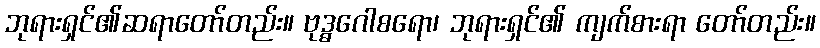
ဘုရားရှင်၏ဆရာတော်တည်း။ ဗုဒ္ဓဂေါစရော၊ ဘုရားရှင်၏ ကျက်စားရာ တော်တည်း။